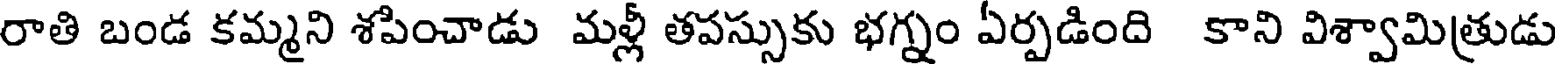
రాతి బండ కమ్మని శపించాడు మళ్లీ తపస్సుకు భగ్నం ఏర్పడింది కాని విశ్వామిత్రుడు